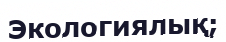
Экологиялық;